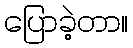
ပြောခဲ့တာ။